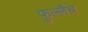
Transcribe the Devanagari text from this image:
फुल्लैच